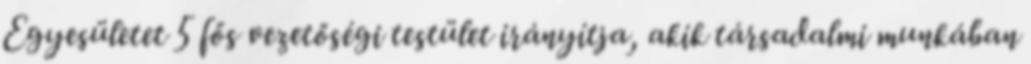
Egyesületet 5 fős vezetőségi testület irányítja, akik társadalmi munkában